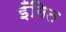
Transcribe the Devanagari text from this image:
इँगित